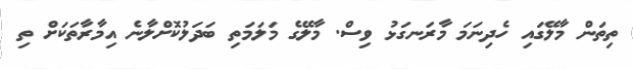
ތިތަން މާލޭގައި ހެދިނަމަ މާރަނގަޅު ވިސް. މާލޭގެ މަލަމަތި ބަދަލުކޮށްލާނެ އިމާރާތަކަށް ތި